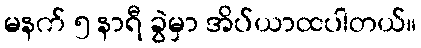
မနက် ၅ နာရီ ခွဲမှာ အိပ်ယာထပါတယ်။